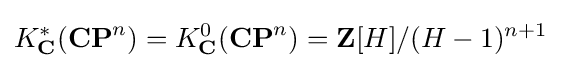
K_{\mathbf {C} }^{*}(\mathbf {CP} ^{n})=K_{\mathbf {C} }^{0}(\mathbf {CP} ^{n})=\mathbf {Z} [H]/(H-1)^{n+1}